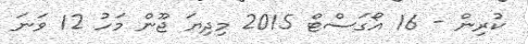
ކުރިން - 16 އޯގަސްޓް 2015 މިދިޔަ ޖޫން މަހު 12 ވަނަ